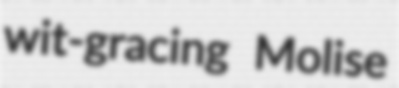
wit-gracing Molise